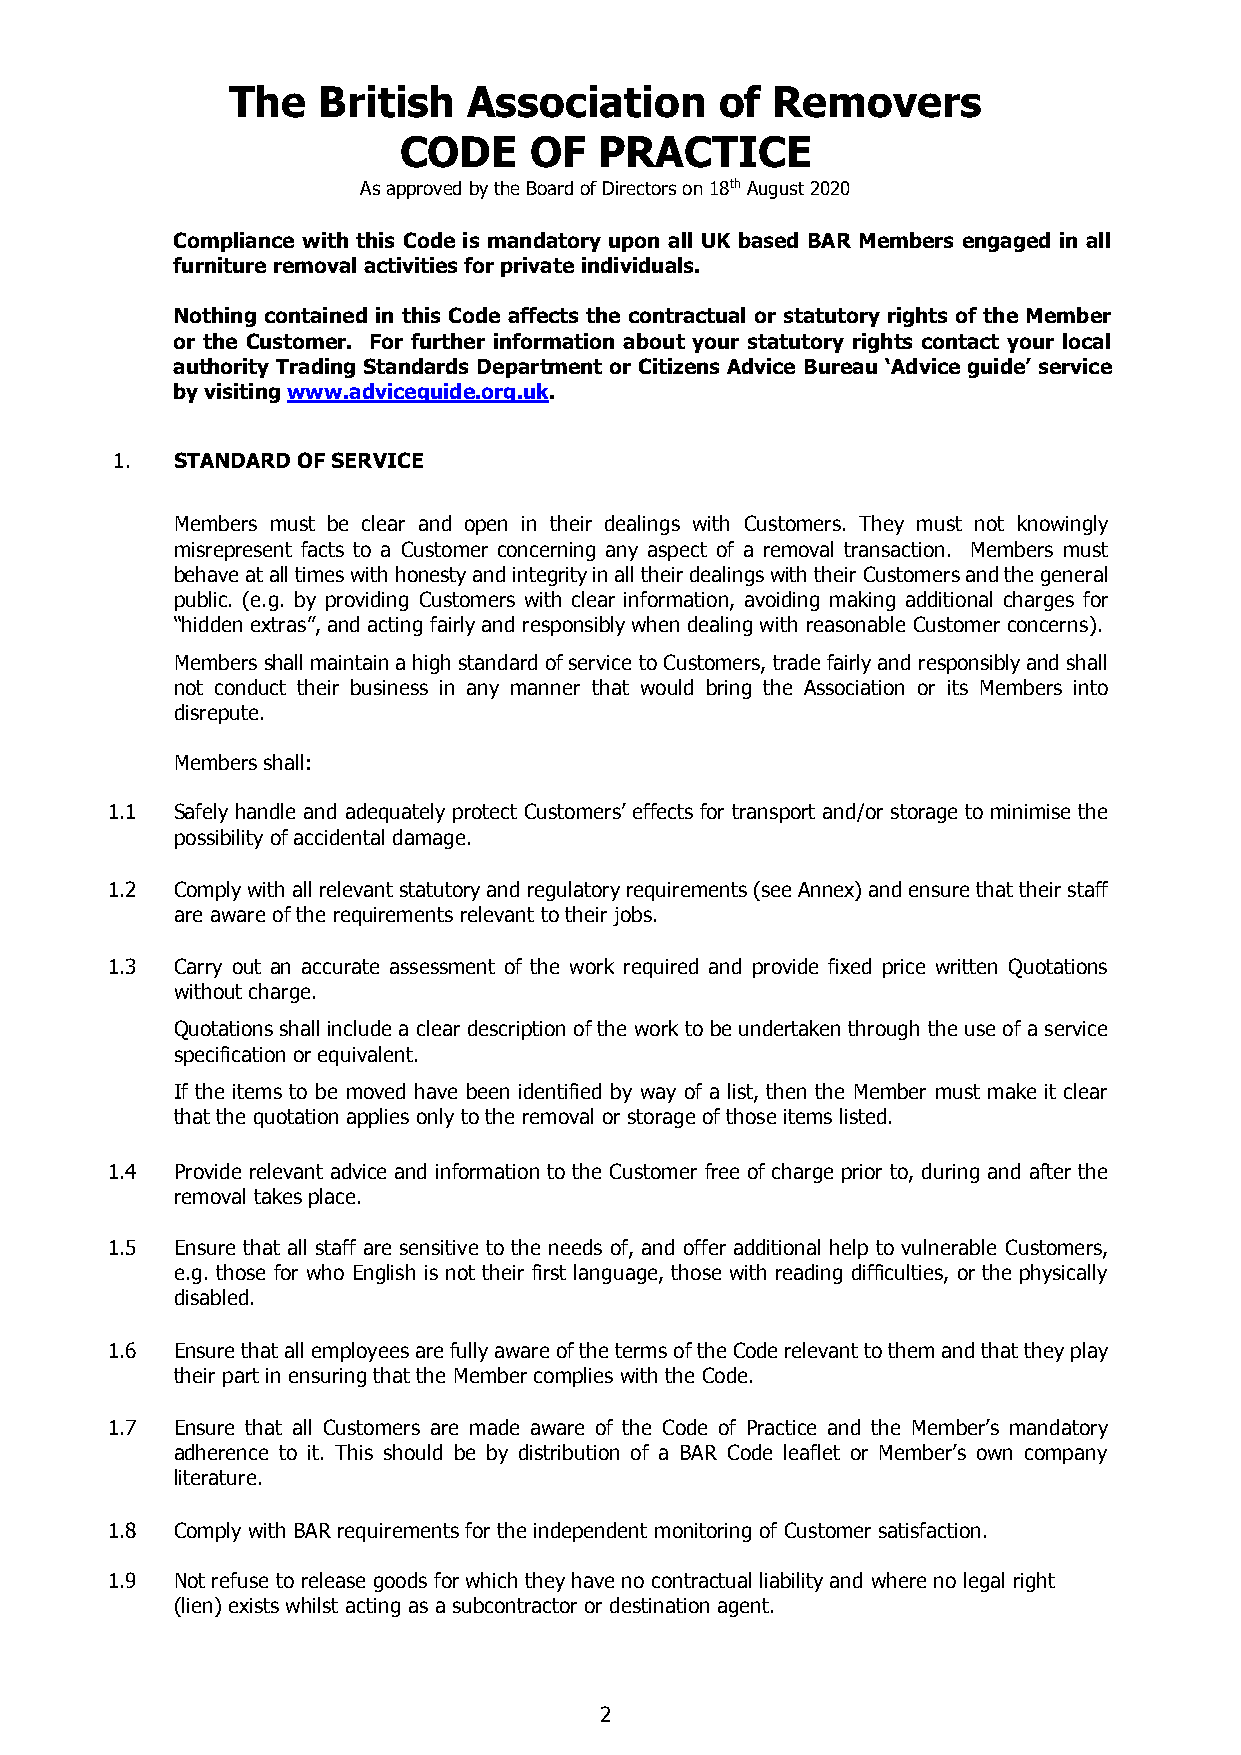
The   British   Association      of Removers
 CODE     OF   PRACTICE
 As approved by the Board of Directors on 18th August 2020
 Compliance with this Code is mandatory upon all UK based BAR Members engaged in all
 furniture removal activities for private individuals.
 Nothing contained in this Code affects the contractual or statutory rights of the Member
 or the Customer. For further information about your statutory rights contact your local
 authority Trading Standards Department or Citizens Advice Bureau ‘Advice guide’ service
 by visiting www.adviceguide.org.uk.
 1.   STANDARD OF SERVICE
 Members must be clear and open in their dealings with Customers. They must not knowingly
 misrepresent facts to a Customer concerning any aspect of a removal transaction. Members must
 behave at all times with honesty and integrity in all their dealings with their Customers and the general
 public. (e.g. by providing Customers with clear information, avoiding making additional charges for
 “hidden extras”, and acting fairly and responsibly when dealing with reasonable Customer concerns).
 Members shall maintain a high standard of service to Customers, trade fairly and responsibly and shall
 not conduct their business in any manner that would bring the Association or its Members into
 disrepute.
 Members shall:
 1.1  Safely handle and adequately protect Customers’ effects for transport and/or storage to minimise the
 possibility of accidental damage.
 1.2  Comply with all relevant statutory and regulatory requirements (see Annex) and ensure that their staff
 are aware of the requirements relevant to their jobs.
 1.3  Carry out an accurate assessment of the work required and provide fixed price written Quotations
 without charge.
 Quotations shall include a clear description of the work to be undertaken through the use of a service
 specification or equivalent.
 If the items to be moved have been identified by way of a list, then the Member must make it clear
 that the quotation applies only to the removal or storage of those items listed.
 1.4  Provide relevant advice and information to the Customer free of charge prior to, during and after the
 removal takes place.
 1.5  Ensure that all staff are sensitive to the needs of, and offer additional help to vulnerable Customers,
 e.g. those for who English is not their first language, those with reading difficulties, or the physically
 disabled.
 1.6  Ensure that all employees are fully aware of the terms of the Code relevant to them and that they play
 their part in ensuring that the Member complies with the Code.
 1.7  Ensure that all Customers are made aware of the Code of Practice and the Member’s mandatory
 adherence to it. This should be by distribution of a BAR Code leaflet or Member’s own company
 literature.
 1.8  Comply with BAR requirements for the independent monitoring of Customer satisfaction.
 1.9  Not refuse to release goods for which they have no contractual liability and where no legal right
 (lien) exists whilst acting as a subcontractor or destination agent.
 2